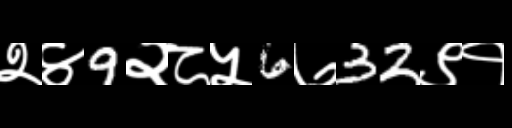
Text: २४9२८५6७32९१